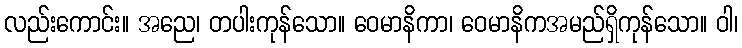
လည်းကောင်း။ အညေ၊ တပါးကုန်သော။ ဝေမာနိကာ၊ ဝေမာနိကအမည်ရှိကုန်သော။ ဝါ၊